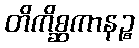
တိကိစ္ဆကာနဉ္စ